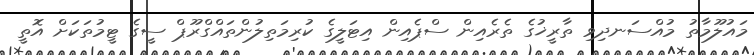
މައުލޫމާތު މުއްސަނދިވި ތާރީޚުގެ ތެރެއިން ސްޕެއިން އިޓަލީގެ ކުރިމަތިލުންތައްގްރޫޕް ސީގެ ޓީމުތަކަށް އޮތީ